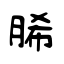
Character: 脪